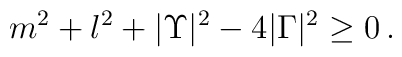
m^{2}+l^{2}+|\Upsilon|^{2}-4|\Gamma|^{2}\geq 0\, .